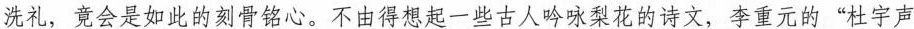
洗礼，竟会是如此的刻骨铭心。不由得想起一些古人吟咏梨花的诗文，李重元的”杜宇声